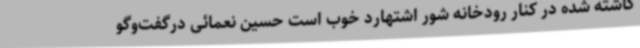
کاشته شده در کنار رودخانه شور اشتهارد خوب است حسین نعمائی درگفت‌وگو